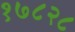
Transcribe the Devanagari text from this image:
१७८२८